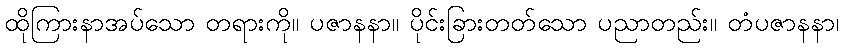
ထိုကြားနာအပ်သော တရားကို။ ပဇာနနာ။ ပိုင်းခြားတတ်သော ပညာတည်း။ တံပဇာနနာ၊